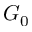
G _ { 0 }